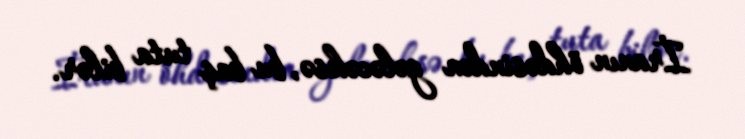
İranın öhdəsindən gələcəksə, bu baş tuta bilər.